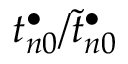
t _ { n 0 } ^ { \bullet } / \widetilde t _ { n 0 } ^ { \bullet }